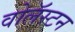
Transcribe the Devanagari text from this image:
वोलॅस्टन